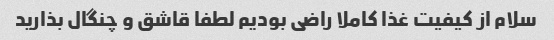
سلام از کیفیت غذا کاملا راضی بودیم لطفا قاشق و چنگال بذارید